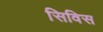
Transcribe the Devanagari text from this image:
सिविस